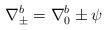
LaTeX: \begin{align*} \nabla^b_\pm = \nabla^b_0 \pm \psi\end{align*}